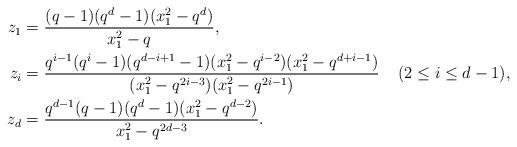
LaTeX: \begin{align*} z_1 &= \frac{(q-1)(q^d-1)(x_1^2 - q^d)} {x_1^2 - q},\\ z_i &= \frac{q^{i-1}(q^i-1)(q^{d-i+1}-1)(x_1^2 - q^{i-2})(x_1^2 - q^{d+i-1})} {(x_1^2 - q^{2i-3})(x_1^2 - q^{2i-1})} && (2 \leq i \leq d-1),\\ z_d &= \frac{q^{d-1}(q-1)(q^d-1)(x_1^2 - q^{d-2})} {x_1^2 - q^{2d-3}}.\end{align*}